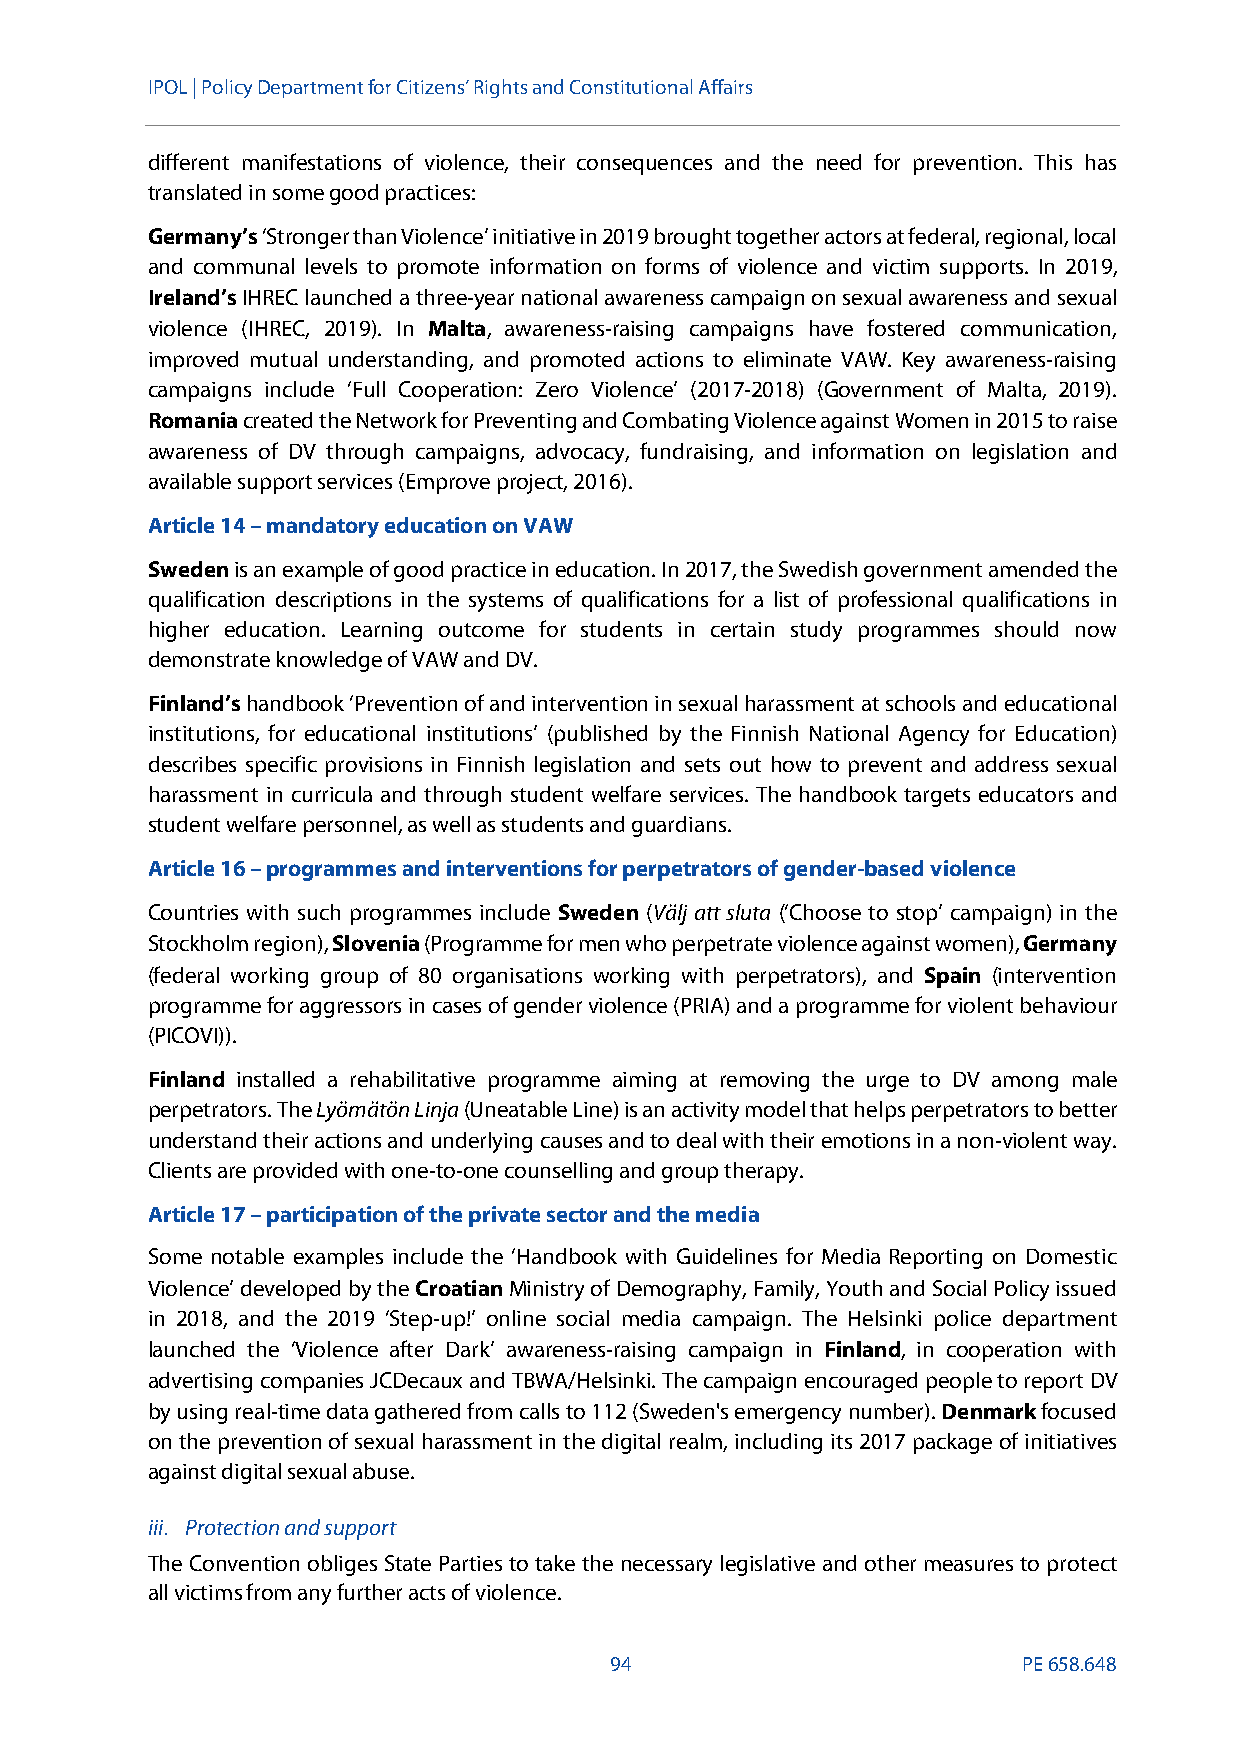
IPOL | Policy Departmentfor Citizens’ Rights and Constitutional Affairs
 different manifestations of violence, their consequences and the need for prevention. This has
 translated in some good practices:
 Germany’s‘Stronger than Violence’ initiative in 2019 brought together actors at federal, regional, local
 and communal levels to promote information on forms of violence and victim supports. In 2019,
 Ireland’sIHREC launched a three-year national awareness campaign on sexual awareness and sexual
 violence (IHREC, 2019). In Malta, awareness-raising campaigns have fostered communication,
 improved mutual understanding, and promoted actions to eliminate VAW. Key awareness-raising
 campaigns include ‘Full Cooperation: Zero Violence’ (2017-2018) (Government of Malta, 2019).
 Romaniacreated the Network for Preventingand Combating Violence against Women in 2015 to raise
 awareness of DV through campaigns, advocacy, fundraising, and information on legislation and
 available support services (Emprove project, 2016).
 Article 14–mandatory education on VAW
 Swedenis an example of good practice in education. In 2017, the Swedish government amended the
 qualification descriptions in the systems of qualifications for a list of professional qualifications in
 higher education. Learning outcome for students in certain study programmes should now
 demonstrate knowledge of VAW and DV.
 Finland’shandbook ‘Prevention of and intervention in sexual harassment at schools and educational
 institutions, for educational institutions’ (published by the Finnish National Agency for Education)
 describes specific provisions in Finnish legislation and sets out how to prevent and address sexual
 harassment in curricula and through student welfare services. The handbook targets educators and
 student welfare personnel, as well as students and guardians.
 Article 16–programmes and interventions for perpetrators of gender-based violence
 Countries with such programmes include Sweden (Välj att sluta (‘Choose to stop’ campaign) in the
 Stockholm region),Slovenia(Programme for men who perpetrate violence against women),Germany
 (federal working group of 80 organisations working with perpetrators), and Spain (intervention
 programme for aggressors in cases of gender violence (PRIA) and a programme for violent behaviour
 (PICOVI)).
 Finland installed a rehabilitative programme aiming at removing the urge to DV among male
 perpetrators. TheLyömätön Linja(Uneatable Line) is an activity model that helps perpetrators to better
 understand their actions and underlying causes and to deal with their emotions in a non-violent way.
 Clients are provided with one-to-one counselling and group therapy.
 Article 17–participation of the private sector and the media
 Some notable examples include the ‘Handbook with Guidelines for Media Reporting on Domestic
 Violence’ developed by theCroatianMinistry of Demography, Family, Youth and Social Policy issued
 in 2018, and the 2019 ‘Step-up!’ online social media campaign. The Helsinki police department
 launched the ‘Violence after Dark’ awareness-raising campaign in Finland, in cooperation with
 advertising companies JCDecaux and TBWA/Helsinki. The campaign encouraged people to report DV
 by using real-time data gathered from calls to 112 (Sweden's emergency number).Denmarkfocused
 on the prevention of sexual harassment in the digital realm, including its 2017 package of initiatives
 against digital sexual abuse.
 iii. Protection and support
 The Convention obliges State Parties to take the necessary legislative and other measures to protect
 all victims from any further acts of violence.
 94                          PE658.648